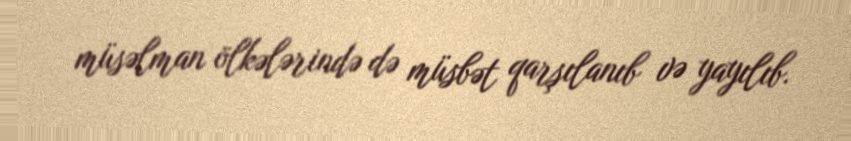
müsəlman ölkələrində də müsbət qarşılanıb və yayılıb.